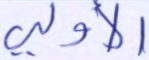
الأولى